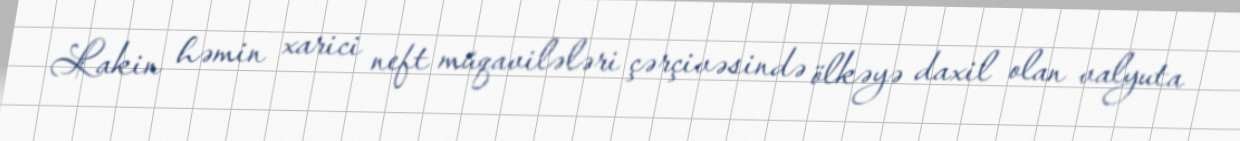
Lakin həmin xarici neft müqavilələri çərçivəsində ölkəyə daxil olan valyuta